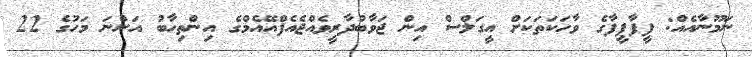
ނަމޫނާއެއް: ފީފާފީފާގެ ވާހަކަތަކަށް އީގަލްސް އިން ޖަވާބުދާރީވެއްޖެއެފްއޭއެމްގެ އިންތިހާބު އަންނަ މަހުގެ 22